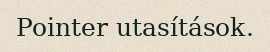
Pointer utasítások.